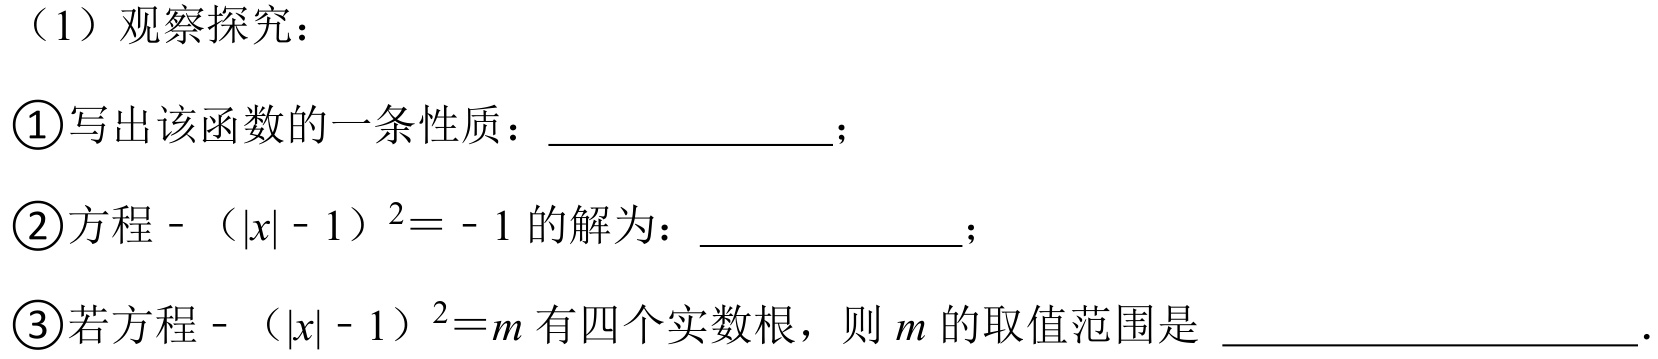
（1）观察探究：
\textcircled{1}写出该函数的一条性质：  ；
\textcircled{2}方程\(-(|x| - 1)^{2} = - 1\)的解为：  ；
\textcircled{3}若方程\(-(|x| - 1)^{2} = m\)有四个实数根，则\(m\)的取值范围是  ．